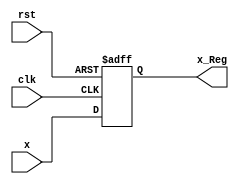
module Reg_x(x_Reg,clk,rst,x);
output reg [4:0] x_Reg;
input clk,rst;
input [4:0] x;

always @ (posedge clk or negedge rst)
	begin
		if (!rst ) 
			x_Reg<=0; 
		else  
			x_Reg<=x; 
	end
endmodule